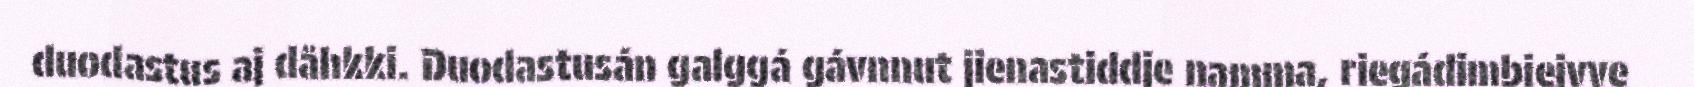
duodastus aj dåhkki. Duodastusán galggá gávnnut jienastiddje namma, riegádimbiejvve